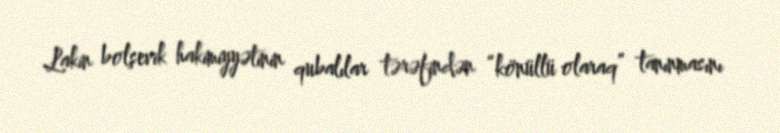
Lakin bolşevik hakimiyyətinin qubalılar tərəfindən “könüllü olaraq” tanınmasını